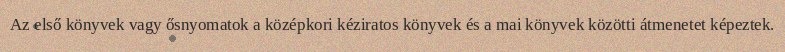
Az első könyvek vagy ősnyomatok a középkori kéziratos könyvek és a mai könyvek közötti átmenetet képeztek.